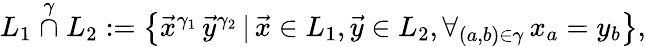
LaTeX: \begin{array}{r}{L_{1}\stackrel{\gamma}{\cap}L_{2}:=\left\{ \vec{x}^{\gamma_{1}}\, \vec{y}^{\gamma_{2}}\, |\, \vec{x}\in L_{1},\vec{y}\in L_{2},\forall_{(a,b)\in\gamma}\, x_{a}=y_{b}\right\} ,}\end{array}